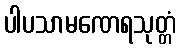
ပါပသာမဏေရသုတ္တံ